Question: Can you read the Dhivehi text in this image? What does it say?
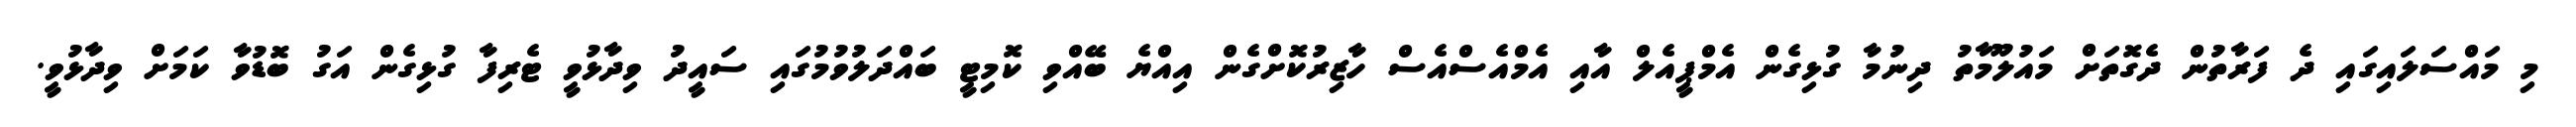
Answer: މި މައްސަލައިގައި ދެ ފަރާތުން ދެގޮތަށް މައުލޫމާތު ދިނުމާ ގުޅިގެން އެމްޕީއެލް އާއި އެމްއެސްއެސް ހާޒިރުކޮށްގެން އިއްޔެ ބޭއްވި ކޮމިޓީ ބައްދަލުވުމުގައި ސައީދު ވިދާޅުވީ ޓެރިފާ ގުޅިގެން އަގު ބޮޑުވާ ކަމަށް ވިދާޅުވީ.